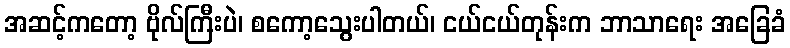
အဆင့်ကတော့ ဗိုလ်ကြီးပဲ၊ စကော့သွေးပါတယ်၊ ငယ်ငယ်တုန်းက ဘာသာရေး အခြေခံ